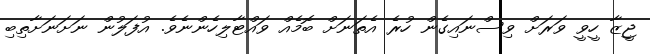
ޖީޒާ ހީވީ ވަރަށް ވިސްނައިގެން ހުރެ އެތަނަށް ބޮމެއް ވައްޓާލިހެންނެވެ. އުފަލުން ނަށަނަށާތިބި